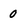
Character: 0